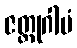
ဇတ္တုဂါမံ